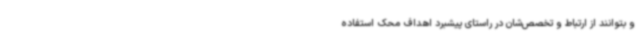
و بتوانند از ارتباط و تخصص‌شان در راستای پیشبرد اهداف محک استفاده